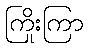
ကြိုးကြာ